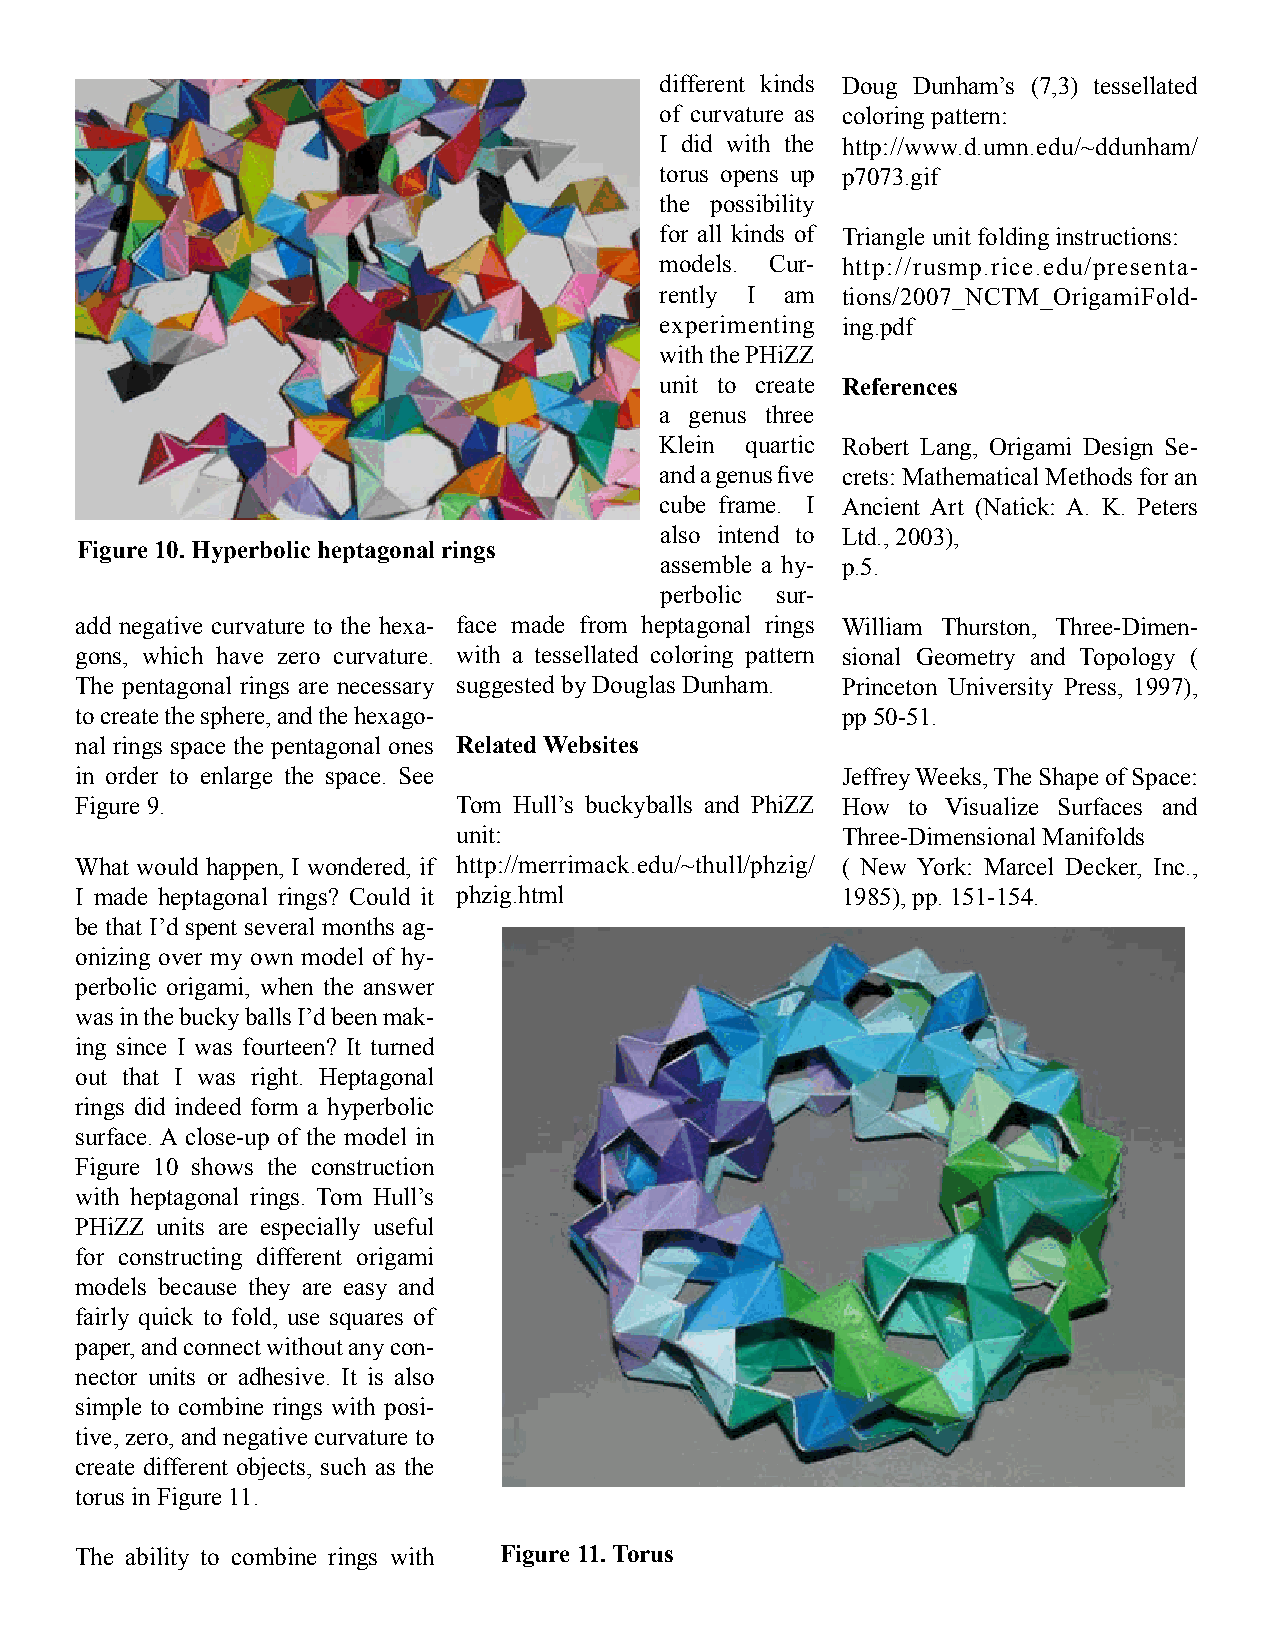
different kinds Doug Dunham’s (7,3) tessellated
 of curvature as coloring pattern:
 I did with the http://www.d.umn.edu/~ddunham/
 torus opens up p7073.gif
 the possibility
 for all kinds of Triangle unit folding instructions:
 models. Cur- http://rusmp.rice.edu/presenta-
 rently I am tions/2007_NCTM_OrigamiFold-
 experimenting ing.pdf
 with the PHiZZ
 unit to create References
 a genus three
 Klein quartic Robert Lang, Origami Design Se-
 and a genus five crets: Mathematical Methods for an
 cube frame. I Ancient Art (Natick: A. K. Peters
 also intend to Ltd., 2003),
 Figure 10. Hyperbolic heptagonal rings
 assemble a hy- p.5.
 perbolic sur-
 add negative curvature to the hexa- face made from heptagonal rings William Thurston, Three-Dimen-
 gons, which have zero curvature. with a tessellated coloring pattern sional Geometry and Topology (
 The pentagonal rings are necessary suggested by Douglas Dunham. Princeton University Press, 1997),
 to create the sphere, and the hexago-              pp 50-51.
 nal rings space the pentagonal ones Related Websites
 in order to enlarge the space. See                 Jeffrey Weeks, The Shape of Space:
 Figure 9.                Tom Hull’s buckyballs and PhiZZ How to Visualize Surfaces and
 unit:                     Three-Dimensional Manifolds
 What would happen, I wondered, if http://merrimack.edu/~thull/phzig/ ( New York: Marcel Decker, Inc.,
 I made heptagonal rings? Could it phzig.html       1985), pp. 151-154.
 be that I’d spent several months ag-
 onizing over my own model of hy-
 perbolic origami, when the answer
 was in the bucky balls I’d been mak-
 ing since I was fourteen? It turned
 out that I was right. Heptagonal
 rings did indeed form a hyperbolic
 surface. A close-up of the model in
 Figure 10 shows the construction
 with heptagonal rings. Tom Hull’s
 PHiZZ units are especially useful
 for constructing different origami
 models because they are easy and
 fairly quick to fold, use squares of
 paper, and connect without any con-
 nector units or adhesive. It is also
 simple to combine rings with posi-
 tive, zero, and negative curvature to
 create different objects, such as the
 torus in Figure 11.
 The ability to combine rings with Figure 11. Torus